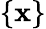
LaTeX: \{ \mathbf{x}\}